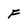
Character: F